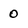
Character: 0